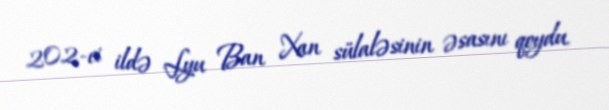
202-ci ildə Lyu Ban Xan sülaləsinin əsasını qoydu.